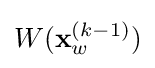
W(\mathbf {x} _{w}^{(k-1)})